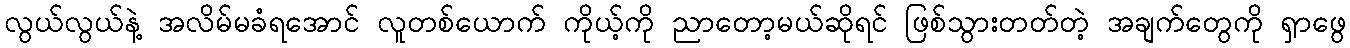
လွယ်လွယ်နဲ့ အလိမ်မခံရအောင် လူတစ်ယောက် ကိုယ့်ကို ညာတော့မယ်ဆိုရင် ဖြစ်သွားတတ်တဲ့ အချက်တွေကို ရှာဖွေ